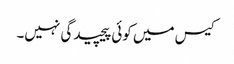
کیس میں کوئی پیچیدگی نہیں۔